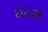
ઈટસ